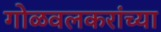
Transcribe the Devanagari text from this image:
गोळवलकरांच्या